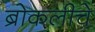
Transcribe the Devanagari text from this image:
ब्रोकलीचे